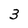
Character: 3